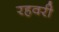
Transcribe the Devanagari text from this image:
रहवरी